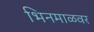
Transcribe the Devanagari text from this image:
भिनमाळवर